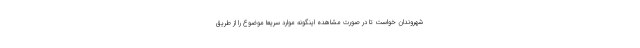
شهروندان خواست تا در صورت مشاهده اینگونه موارد سریعا موضوع را از طریق